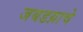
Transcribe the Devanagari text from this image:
जबडय़ाचे